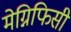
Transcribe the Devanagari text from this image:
मेग्निफिसी